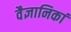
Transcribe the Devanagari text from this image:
वैज्ञानिकां